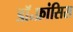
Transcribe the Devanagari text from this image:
डॉ॰फ्रांसिस